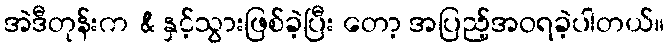
အဲဒီတုန်းက & နှင့်သွားဖြစ်ခဲ့ပြီး တော့ အပြည့်အဝရခဲ့ပါတယ်။